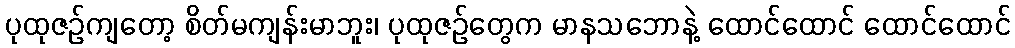
ပုထုဇဉ်ကျတော့ စိတ်မကျန်းမာဘူး၊ ပုထုဇဉ်တွေက မာနသဘောနဲ့ ထောင်ထောင် ထောင်ထောင်